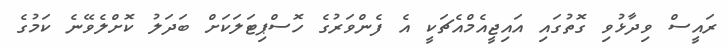
ރައީސް ވިދާޅުވި ގޮތުގައި އައިޖީއެމްއެޗަކީ އެ ފެންވަރުގެ ހޮސްޕިޓަލަކަށް ބަދަލު ކޮށްލެވޭނެ ކަމުގެ